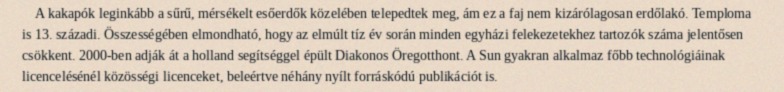
A kakapók leginkább a sűrű, mérsékelt esőerdők közelében telepedtek meg, ám ez a faj nem kizárólagosan erdőlakó. Temploma is 13. századi. Összességében elmondható, hogy az elmúlt tíz év során minden egyházi felekezetekhez tartozók száma jelentősen csökkent. 2000-ben adják át a holland segítséggel épült Diakonos Öregotthont. A Sun gyakran alkalmaz főbb technológiáinak licencelésénél közösségi licenceket, beleértve néhány nyílt forráskódú publikációt is.